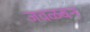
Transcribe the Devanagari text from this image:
जवळबन